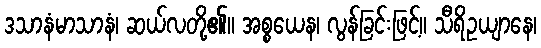
ဒသာနံမာသာနံ၊ ဆယ်လတို့၏။ အစ္စယေန၊ လွန်ခြင်းဖြင့်။ သီရိဥယျာနေ၊